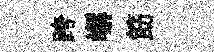
跨嶰筯